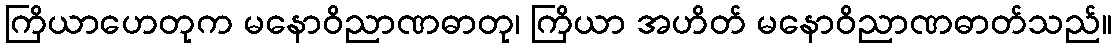
ကြိယာဟေတုက မနောဝိညာဏဓာတု၊ ကြိယာ အဟိတ် မနောဝိညာဏဓာတ်သည်။